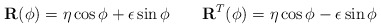
\begin{align*}\mathbf{ R} (\phi) = \mathbf{ \eta}\cos\phi + \mathbf{\epsilon}\sin\phi \qquad\mathbf{ R}^{T} (\phi) = \mathbf{\eta}\cos\phi - \mathbf{\epsilon}\sin\phi\end{align*}